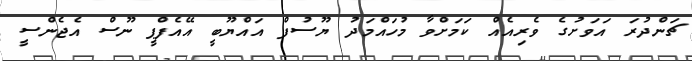
ޗަންދުރަ އަވަށުގެ ވެރިއެއް ކަމަށްވާ މުހައްމަދު ޔޫސުފް އައްޔޫބީ އޭއެފްޕީ ނޫސް އެޖެންސީ